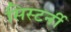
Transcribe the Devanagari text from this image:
सिस्टर्नी